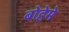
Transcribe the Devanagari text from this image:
बोहेमे